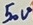
Text: 50V